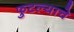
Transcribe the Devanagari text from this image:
फुटल्याचे